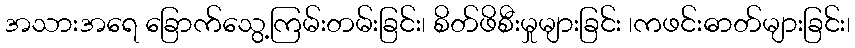
အသားအရေ ခြောက်သွေ့ကြမ်းတမ်းခြင်း၊ စိတ်ဖိစီးမှုများခြင်း ၊ကဖင်းဓာတ်များခြင်း၊